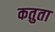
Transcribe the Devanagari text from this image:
कतुता